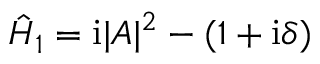
\hat { H } _ { 1 } = \mathrm { i } | A | ^ { 2 } - ( 1 + \mathrm { i } \delta )